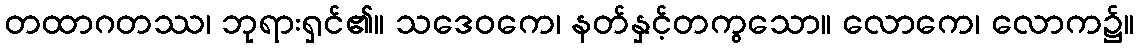
တထာဂတဿ၊ ဘုရားရှင်၏။ သဒေဝကေ၊ နတ်နှင့်တကွသော။ လောကေ၊ လောက၌။